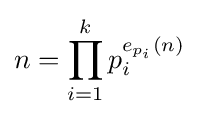
n=\prod _{i=1}^{k}p_{i}^{e_{p_{i}}(n)}